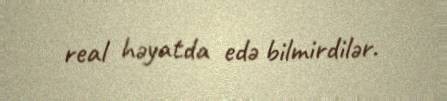
real həyatda edə bilmirdilər.